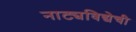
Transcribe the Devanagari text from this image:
नाट्यविद्येची